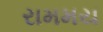
રામમય